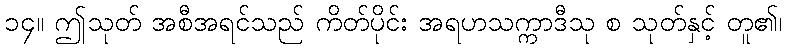
၁၄။ ဤသုတ် အစီအရင်သည် ကိတ်ပိုင်း အရဟသက္ကာဒီသု စ သုတ်နှင့် တူ၏၊